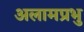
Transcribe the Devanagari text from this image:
अलामप्रभु